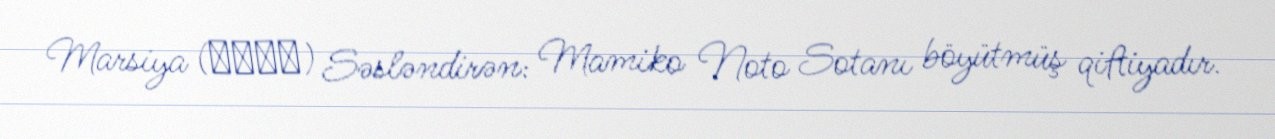
Marsiya (マーシャ) Səsləndirən: Mamiko Noto Sotanı böyütmüş qiftiyadır.